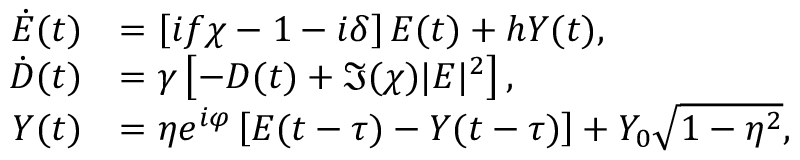
\begin{array} { r l } { \dot { E } ( t ) } & { = \left[ i f \chi - 1 - i \delta \right] E ( t ) + h Y ( t ) , } \\ { \dot { D } ( t ) } & { = \gamma \left[ - D ( t ) + \Im ( \chi ) | E | ^ { 2 } \right] , } \\ { Y ( t ) } & { = \eta e ^ { i \varphi } \left[ E ( t - \tau ) - Y ( t - \tau ) \right] + Y _ { 0 } \sqrt { 1 - \eta ^ { 2 } } , } \end{array}